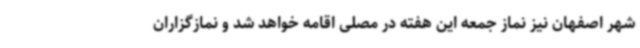
شهر اصفهان نیز نماز جمعه این هفته در مصلی اقامه خواهد شد و نمازگزاران